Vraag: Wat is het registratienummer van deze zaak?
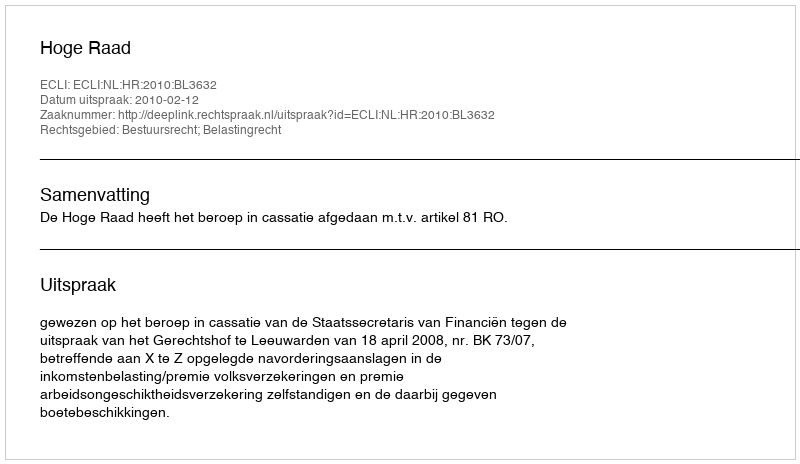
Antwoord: http://deeplink.rechtspraak.nl/uitspraak?id=ECLI:NL:HR:2010:BL3632